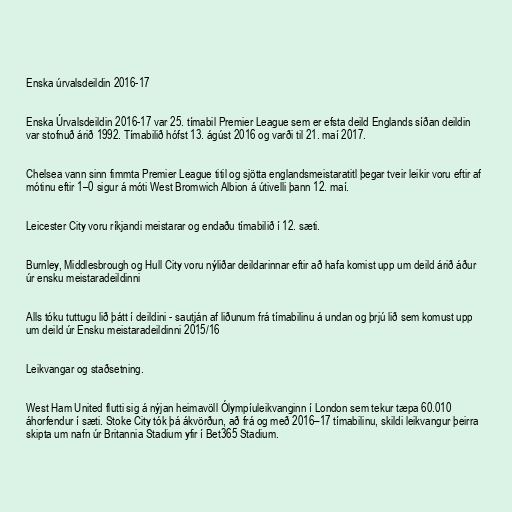
Enska úrvalsdeildin 2016-17

Enska Úrvalsdeildin 2016-17 var 25. tímabil Premier League sem er efsta deild Englands síðan deildin
var stofnuð árið 1992. Tímabilið hófst 13. ágúst 2016 og varði til 21. maí 2017.

Chelsea vann sinn fimmta Premier League titil og sjötta englandsmeistaratitl þegar tveir leikir voru eftir af
mótinu eftir 1–0 sigur á móti West Bromwich Albion á útivelli þann 12. maí.

Leicester City voru ríkjandi meistarar og endaðu tímabilið í 12. sæti.

Burnley, Middlesbrough og Hull City voru nýliðar deildarinnar eftir að hafa komist upp um deild árið áður
úr ensku meistaradeildinni

Alls tóku tuttugu lið þátt í deildini - sautján af liðunum frá tímabilinu á undan og þrjú lið sem komust upp
um deild úr Ensku meistaradeildinni 2015/16

Leikvangar og staðsetning.

West Ham United flutti sig á nýjan heimavöll Ólympíuleikvanginn í London sem tekur tæpa 60.010
áhorfendur í sæti. Stoke City tók þá ákvörðun, að frá og með 2016–17 tímabilinu, skildi leikvangur þeirra
skipta um nafn úr Britannia Stadium yfir í Bet365 Stadium.